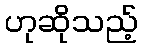
ဟုဆိုသည့်